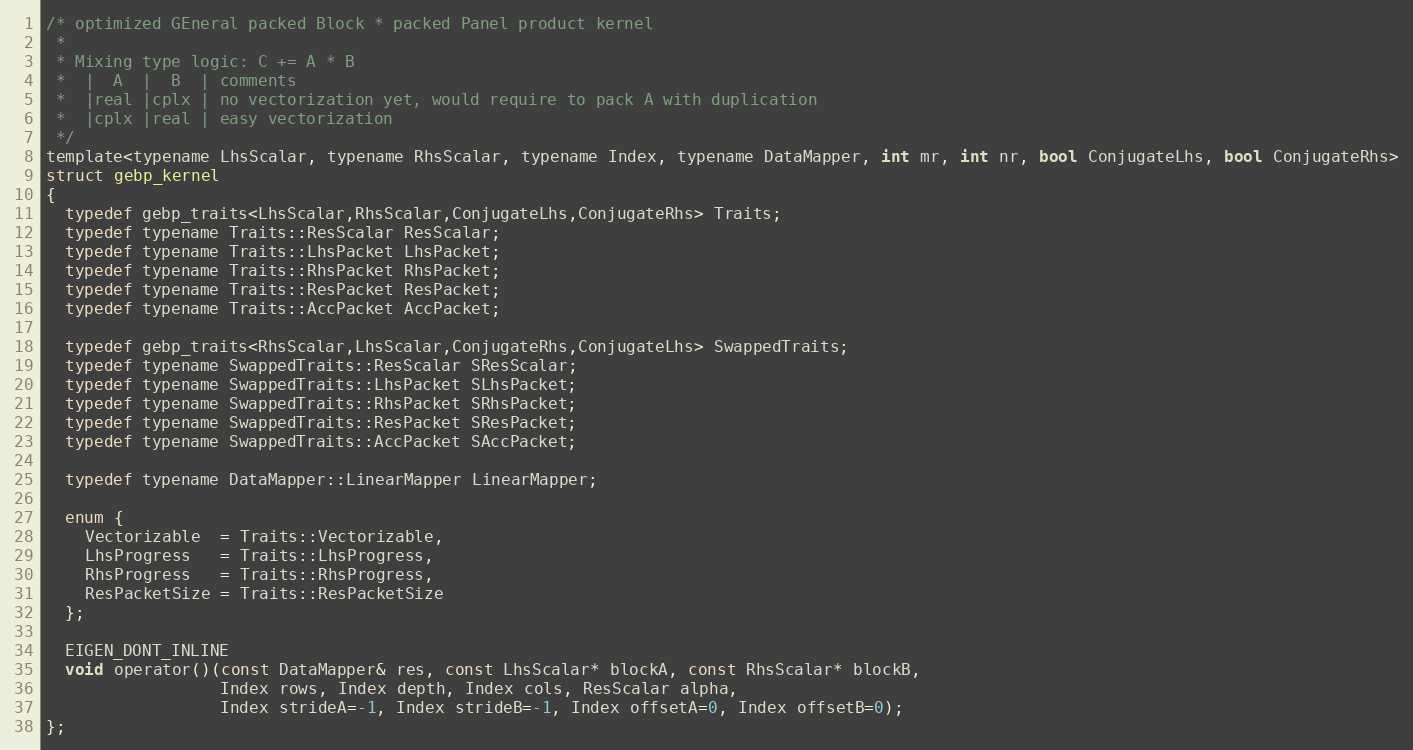
Language: C
/* optimized GEneral packed Block * packed Panel product kernel
 *
 * Mixing type logic: C += A * B
 *  |  A  |  B  | comments
 *  |real |cplx | no vectorization yet, would require to pack A with duplication
 *  |cplx |real | easy vectorization
 */
template<typename LhsScalar, typename RhsScalar, typename Index, typename DataMapper, int mr, int nr, bool ConjugateLhs, bool ConjugateRhs>
struct gebp_kernel
{
  typedef gebp_traits<LhsScalar,RhsScalar,ConjugateLhs,ConjugateRhs> Traits;
  typedef typename Traits::ResScalar ResScalar;
  typedef typename Traits::LhsPacket LhsPacket;
  typedef typename Traits::RhsPacket RhsPacket;
  typedef typename Traits::ResPacket ResPacket;
  typedef typename Traits::AccPacket AccPacket;

  typedef gebp_traits<RhsScalar,LhsScalar,ConjugateRhs,ConjugateLhs> SwappedTraits;
  typedef typename SwappedTraits::ResScalar SResScalar;
  typedef typename SwappedTraits::LhsPacket SLhsPacket;
  typedef typename SwappedTraits::RhsPacket SRhsPacket;
  typedef typename SwappedTraits::ResPacket SResPacket;
  typedef typename SwappedTraits::AccPacket SAccPacket;

  typedef typename DataMapper::LinearMapper LinearMapper;

  enum {
    Vectorizable  = Traits::Vectorizable,
    LhsProgress   = Traits::LhsProgress,
    RhsProgress   = Traits::RhsProgress,
    ResPacketSize = Traits::ResPacketSize
  };

  EIGEN_DONT_INLINE
  void operator()(const DataMapper& res, const LhsScalar* blockA, const RhsScalar* blockB,
                  Index rows, Index depth, Index cols, ResScalar alpha,
                  Index strideA=-1, Index strideB=-1, Index offsetA=0, Index offsetB=0);
};